system: You are a helpful assistant.
user:
Analyze the provided spectrum to determine if it is a **"Cataclysmic Variables (CV)"**.

- **Key Indicators for CV (Check for either state):**
    - **State 1: Quiescent / Low-State (Emission-Dominated)**
        - **(Primary):** Strong and *very broad* Hydrogen Balmer emission lines (e.g., $H\alpha$ at 6563 Å, $H\beta$ at 4861 Å). The 'broadness' (high velocity dispersion, often FWHM > 1000 km/s) is the key diagnostic, indicating a high-velocity accretion disk.
        - **(Secondary):** Broad neutral Helium (He I) emission lines (e.g., 5876 Å, 6678 Å).
        - **(Key Confirmation):** Presence of high-excitation *ionized* Helium (He II) emission at 4686 Å. This is a strong indicator of accretion onto a white dwarf.
        - **(Line Profile):** Emission lines may exhibit a 'double-peaked' profile, which is a classic signature of a rotating accretion disk viewed at high inclination.

    - **State 2: Outburst / High-State (Absorption-Dominated)**
        - **(Primary):** Spectrum is dominated by a bright, blue continuum (looks like a hot star).
        - **(Secondary):** The emission lines from State 1 are weak, absent, or 'filled in', and are replaced by broad, shallow *absorption* lines (primarily Balmer and He I).
        - **(Morphology):** The overall spectrum mimics a hot B/A-type star. The crucial difference is that the absorption lines are significantly broader, shallower, and more 'washed-out' (or 'smeared') than the sharp lines of a normal stellar photosphere, due to high rotational speeds and pressure broadening in the disk.

Think first, call **spectral_visualization_tool** if needed to examine features in detail, then provide your final answer. Your response must adhere to the following strict rules:
1.  **Overall Structure:** Your response must follow the format `<think>...</think> <tool_call>...</tool_call> (if a tool is used) <answer>...</answer>`.
2.  **Tool Usage Constraint:** You may only make **one** tool call per turn.
3.  **Final Answer Format:** In the `<answer>` tag, your conclusion must be inside a `\boxed{}` command (e.g., `\boxed{YES}`), followed by your justification.

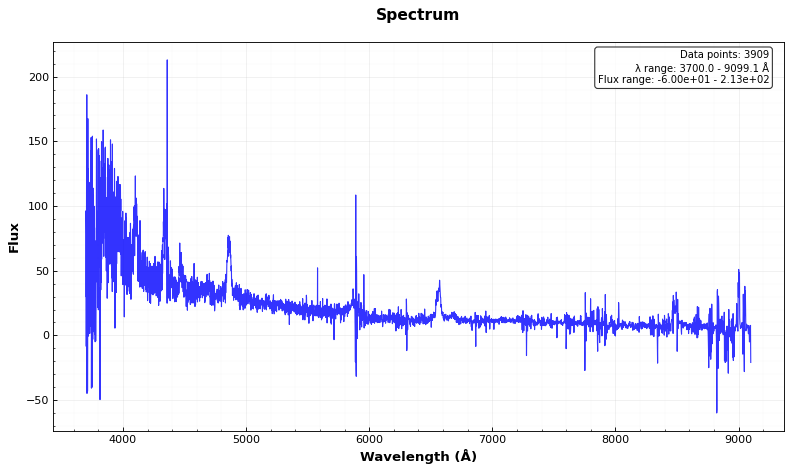
Answer: YES